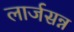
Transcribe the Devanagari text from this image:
लार्जसन्न